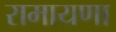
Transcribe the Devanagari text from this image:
रामायणा